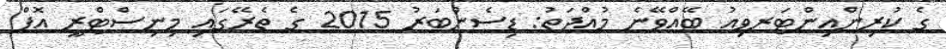
ގެ ކުރިންއިންޓަރވިއު ބޭއްވޭނެ މުއްދަތު: ޑިސެންބަރު 2015 ގެ ތެރޭގައި މިނިސްޓްރީ އޮފް